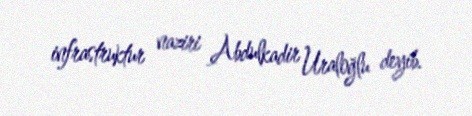
infrastruktur naziri Abdulkadir Uraloğlu deyib.